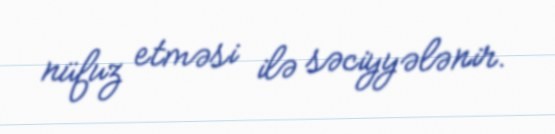
nüfuz etməsi ilə səciyyələnir.